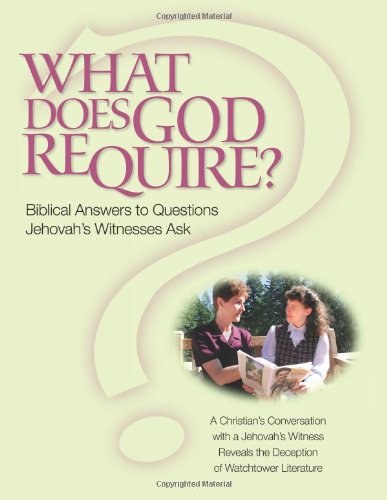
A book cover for What Does God Require?: Biblical Answers To Questions Jehovah's Witnesses Ask; Christina R (Harvey) Darlington; Christian Books & Bibles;